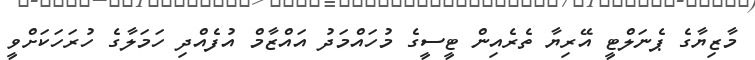
މާޒިޔާގެ ޕެނަލްޓީ އޭރިޔާ ތެރެއިން ޓީސީގެ މުހައްމަދު އައްޒާމް އުފެއްދި ހަމަލާގެ ހުރަހަކަށްވީ